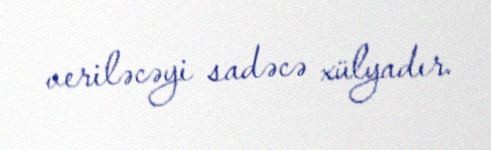
veriləcəyi sadəcə xülyadır.